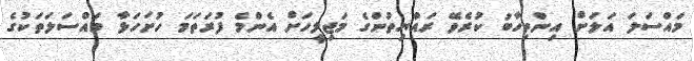
މައްސަލަ އަލަށް އިންތިހާބު ކުރެވޭ ރައްޔިތުންގެ މަޖިލީހަށް އެންމެ ފުރަތަމަ ހުށަހަޅާ މައްސަލަތަކުގެ